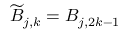
\widetilde { B } _ { j , k } = B _ { j , 2 k - 1 }